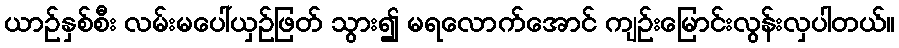
ယာဉ်နှစ်စီး လမ်းမပေါ်ယှဉ်ဖြတ် သွား၍ မရလောက်အောင် ကျဉ်းမြောင်းလွန်းလှပါတယ်။